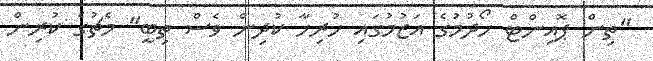
"ތިން ޕޮއިންޓް ހޯދުމުގެ އަޒުމުގައި ހުރިހާ ކުދިން ވެސް ތިބީ" މެޗުގެ ކުރިން